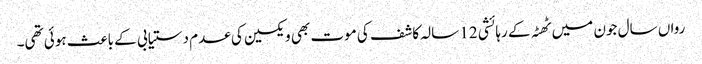
رواں سال جون میں ٹھٹہ کے رہائشی 12 سالہ کاشف کی موت بھی ویکسین کی عدم دستیابی کے باعث ہوئی تھی۔